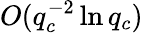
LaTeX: O(q_{c}^{-2}\ln q_{c})